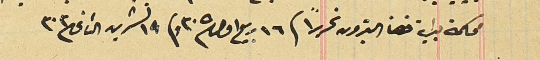
محكمة بداية البترون تحريراً فى ١٦ ربيع اول/٣٠٥ وفى ١٩ تشرين الثانى ٣٠٣